Report on horse surra - Volume I
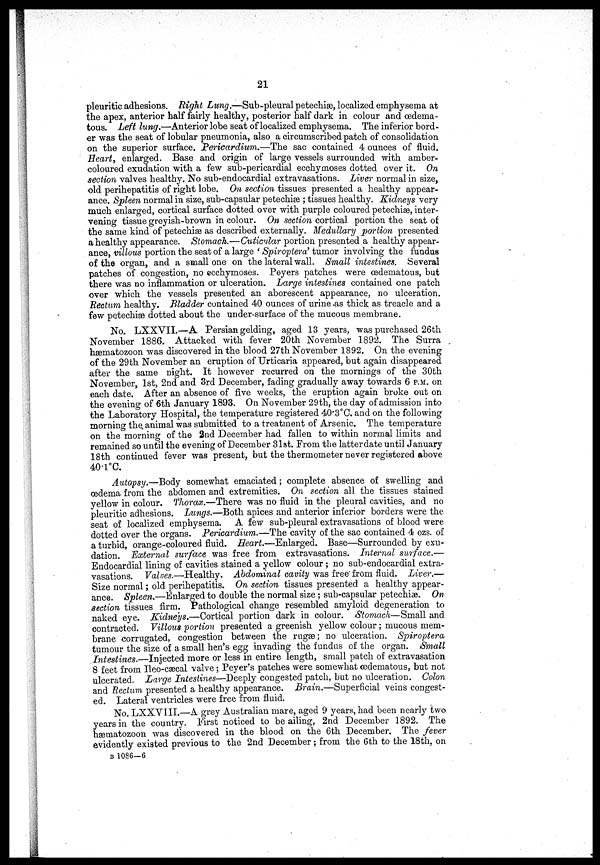
21
pleuritic adhesions. Right Lung.—Sub-pleural petechiæ, localized emphysema at
the apex, anterior half fairly healthy, posterior half dark in colour and œdema-
tous. Left lung.—Anterior lobe seat of localized emphysema. The inferior bord-
er was the seat of lobular pneumonia, also a circumscribed patch of consolidation
on the superior surface. Pericardium.—The sac contained 4 ounces of fluid.
Heart, enlarged. Base and origin of large vessels surrounded with amber-
coloured exudation with a few sub-pericardial ecchymoses dotted over it. On
section valves healthy. No sub-endocardial extravasations. Liver normal in size,
old perihepatitis of right lobe. On section tissues presented a healthy appear-
ance. Spleen normal in size, sub-capsular petechiæ ; tissues healthy. Kidneys very
much enlarged, cortical surface dotted over with purple coloured petechiæ, inter-
vening tissue greyish-brown in colour. On section cortical portion the seat of
the same kind of petechiæ as described externally. Medullary portion presented
a healthy appearance. Stomach.—Cuticular portion presented a healthy appear-
ance, villous portion the seat of a large ' Spiroptera' tumor involving the fundus
of the organ, and a small one on the lateral wall. Small intestines. Several
patches of congestion, no ecchymoses. Peyers patches were œdematous, but
there was no inflammation or ulceration. Large intestines contained one patch
over which the vessels presented an aborescent appearance, no ulceration.
Rectum healthy. Bladder contained 40 ounces of urine as thick as treacle and a
few petechias dotted about the under-surface of the mucous membrane.
No. LXXVII.—A Persian gelding, aged 13 years, was purchased 26th
November 1886. Attacked with fever 20th November 1892. The Surra
hæmatozoon was discovered in the blood 27th November 1892. On the evening
of the 29th November an eruption of Urticaria appeared, but again disappeared
after the same night. It however recurred on the mornings of the 30th
November, 1st, 2nd and 3rd December, fading gradually away towards 6 P.M. on
each date. After an absence of five weeks, the eruption again broke out on
the evening of 6th January 1893. On November 29th, the day of admission into
the Laboratory Hospital, the temperature registered 40.3°C. and on the following
morning the animal was submitted to a treatment of Arsenic. The temperature
on the morning of the 2nd December had fallen to within normal limits and
remained so until the evening of December 31st. From the latter date until January
18th continued fever was present, but the thermometer never registered above
40.l°C.
Autopsy.—Body somewhat emaciated ; complete absence of swelling and
oedema from the abdomen and extremities. On section all the tissues stained
yellow in colour. Thorax.—There was no fluid in the pleural cavities, and no
pleuritic adhesions. Lungs.—Both apices and anterior inferior borders were the
seat of localized emphysema. A few sub-pleural extravasations of blood were
dotted over the organs. Pericardium.—The cavity of the sac contained 4 ozs. of
a turbid, orange-coloured fluid. Heart.—Enlarged. Base—Surrounded by exu-
dation. External surface was free from extravasations. Internal surface.—
Endocardial lining of cavities stained a yellow colour ; no sub-endocardial extra-
vasations. Valves.—Healthy. Abdominal cavity was free from fluid. Liver.—
Size normal ; old perihepatitis. On section tissues presented a healthy appear-
ance. Spleen.—Enlarged to double the normal size ; sub-capsular petechias. On
section tissues firm. Pathological change resembled amyloid degeneration to
naked eye. Kidneys.—Cortical portion dark in colour. Stomach—Small and
contracted. Villous portion presented a greenish yellow colour ; mucous mem-
brane corrugated, congestion between the ruga3; no ulceration. Spiroptera
tumour the size of a small hen's egg invading the fundus of the organ. Small
Intestines.—Injected more or less in entire length, small patch of extravasation
8 feet from Ileo-cæcal valve ; Peyer's patches were somewhat œdematous, but not
ulcerated. Large Intestines—Deeply congested patch, but no ulceration. Colon
and Rectum presented a healthy appearance. Brain.—Superficial veins congest-
ed. Lateral ventricles were free from fluid.
No. LXXVIII.—A grey Australian mare, aged 9 years, had been nearly two
years in the country. First noticed to be ailing, 2nd December 1892. The
hæmatozoon was discovered in the blood on the 6th December. The fever
evidently existed previous to the 2nd December ; from the 6 th to the 18th, on
B 1086-6